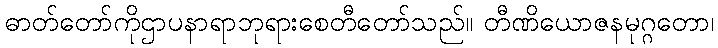
ဓာတ်တော်ကိုဌာပနာရာဘုရားစေတီတော်သည်။ တီဏိယောဇနမုဂ္ဂတော၊